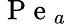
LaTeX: \mathrm{~P~e~}_{a}